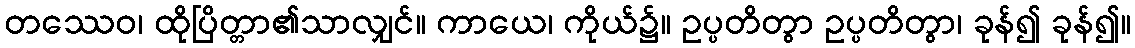
တဿေဝ၊ ထိုပြိတ္တာ၏သာလျှင်။ ကာယေ၊ ကိုယ်၌။ ဥပ္ပတိတွာ ဥပ္ပတိတွာ၊ ခုန်၍ ခုန်၍။